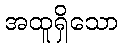
အထူရှိသော